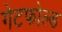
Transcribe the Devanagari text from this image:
गेटफोल्ड